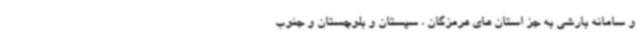
و سامانه بارشی به جز استان های هرمزگان ، سیستان و بلوچستان و جنوب